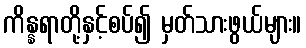
ကိန္နရာတို့နှင့်စပ်၍ မှတ်သားဖွယ်များ။